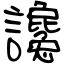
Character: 讒